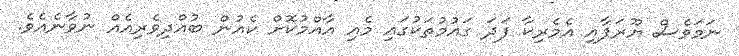
ނަމަވެސް ޔޫރަޕާއި އެމެރިކާ ފަދަ ގައުމުތަކުގައި މެއި އާއްމުކޮށް ކެއުން ބުއްދިވެރިއެއް ނުވާނެއެވެ.